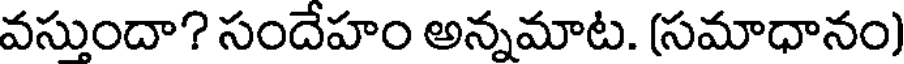
వసుందా? సందేహం అన్నమాట. (సమాధానం)